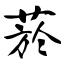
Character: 菸